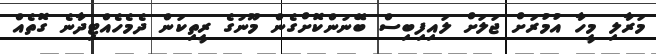
މަރާލި މީހާ އުމުރަށް ޖަލަށް ލައިފިބިސް ބޭނުންކޮށްގެން މޫނުގެ ރީތިކަން ދެމެހެއްޓިދާނެ ގޮތެއް